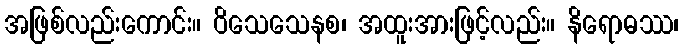
အဖြစ်လည်းကောင်း။ ဝိသေသေနစ၊ အထူးအားဖြင့်လည်း။ နိရောဓဿ၊